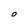
Character: O